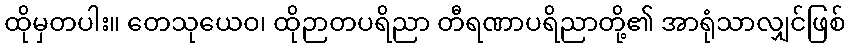
ထိုမှတပါး။ တေသုယေဝ၊ ထိုဉာတပရိညာ တီရဏာပရိညာတို့၏ အာရုံသာလျှင်ဖြစ်